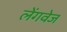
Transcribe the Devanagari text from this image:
लेंगवेज